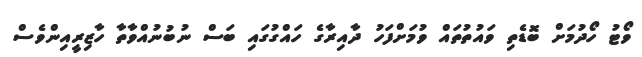
ވޯޓު ހޯދުމަށް ބޮޑެތި ވައުތުތައް ވުމަށްފަހު ދާއިރާގެ ހައްގުގައި ބަސް ނުބުނުއްވާތާ ހާޒިރީއިންވެސް